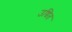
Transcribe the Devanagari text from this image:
उच्चित